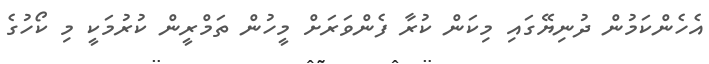
އެހެންކަމުން ދުނިޔޭގައި މިކަން ކުރާ ފެންވަރަށް މީހުން ތަމްރީން ކުރުމަކީ މި ކޯހުގެ